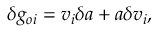
\delta g _ { o i } = v _ { i } \delta a + a \delta v _ { i } ,